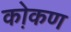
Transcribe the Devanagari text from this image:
को़कण